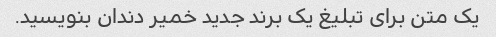
یک متن برای تبلیغ یک برند جدید خمیر دندان بنویسید.